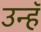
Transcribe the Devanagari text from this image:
उन्हॅ